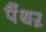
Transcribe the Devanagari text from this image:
पैंथऱ